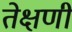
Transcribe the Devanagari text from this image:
तेक्षणी